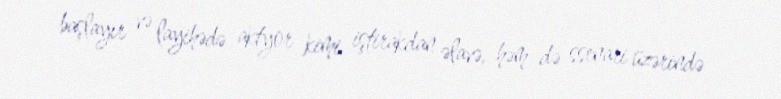
başlayır və layihədə aktyor kimi iştirakdan əlavə, həm də ssenari üzərində